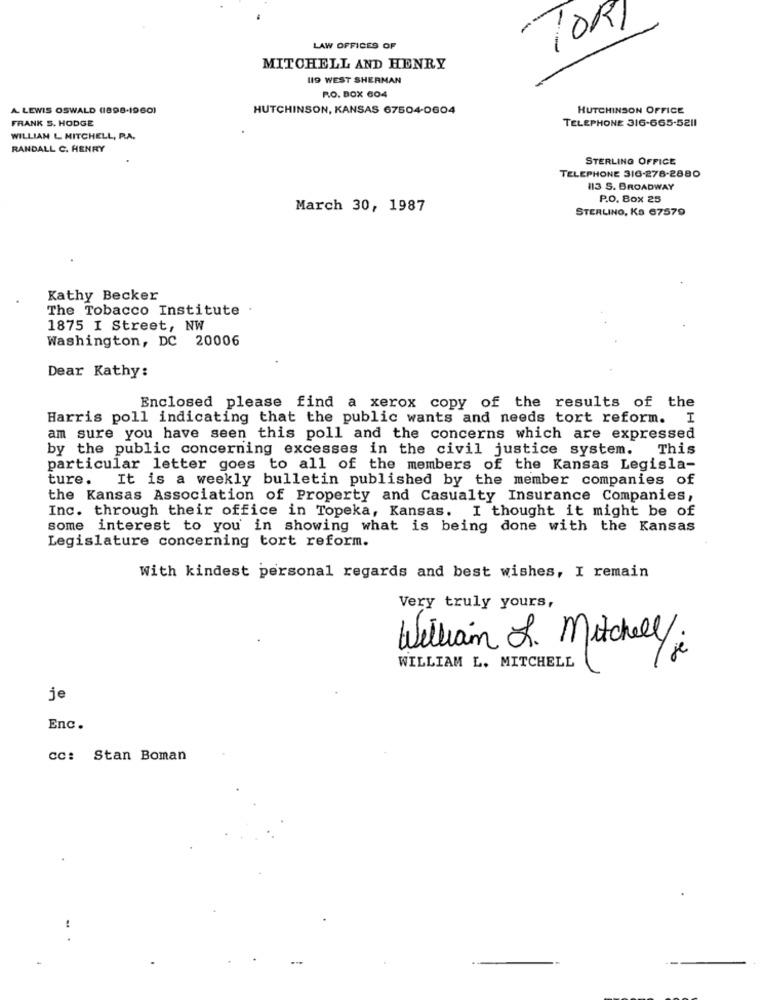
TORI
--
LAW OFFICES OF
MITCHELL AND HENRY
119 WEST SHERMAN
RO. BOX 604
A LEWIS OSWALD (1898-1960)
HUTCHINSON, KANSAS 67504-0604
HUTCHINSON OFFICE
TELEPHONE 316-665-5211
FRANK S. HODGE
WILLIAM L MITCHELL, P.A.
RANDALL C. HENRY
STERLING OFFICE
TELEPHONE 316-278-2880
813 S. BROADWAY
P.O. Box 25
March 30, 1987
STERLING, Ka 67579
Kathy Becker
The Tobacco Institute .
1875 I Street, NW
Washington, DC 20006
Dear Kathy:
Enclosed please find a xerox copy of the results of the
Harris poll indicating that the public wants and needs tort reform. I
am sure you have seen this poll and the concerns which are expressed
by the public concerning excesses in the civil justice system. This
particular letter goes to all of the members of the Kansas Legisla-
ture. It is a weekly bulletin published by the member companies of
the Kansas Association of Property and Casualty Insurance Companies,
Inc. through their office in Topeka, Kansas. I thought it might be of
some interest to you in showing what is being done with the Kansas
Legislature concerning tort reform.
With kindest personal regards and best wishes, I remain
Very truly yours,
William L. Mitchell/
2
WILLIAM L. MITCHELL
je
Enc.
CC: Stan Boman